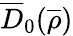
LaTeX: \overline{{D}}_{0}(\overline{{\rho}})